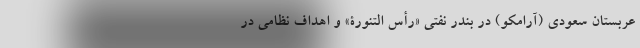
عربستان سعودی (آرامکو) در بندر نفتی «رأس التنورة» و اهداف نظامی در